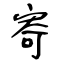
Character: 寄